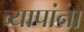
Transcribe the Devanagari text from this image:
व्यापांना